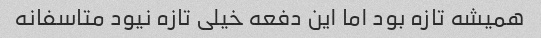
همیشه تازه بود اما این دفعه خیلی تازه نیود متاسفانه